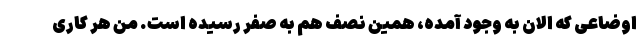
اوضاعی که الان به وجود آمده، همین نصف هم به صفر رسیده است. من هر کاری